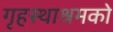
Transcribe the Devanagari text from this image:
गृहस्थाश्रमको